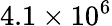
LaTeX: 4.1\times 10^{6}